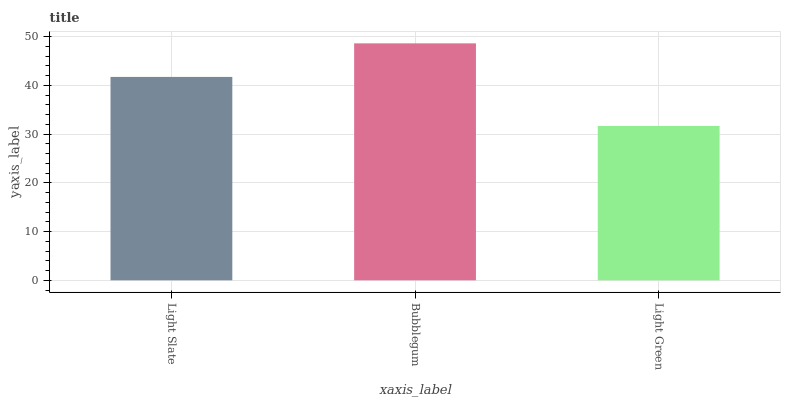
| xaxis_label | bars |
 | --- | --- |
 | Light Slate | 41.7 |
 | Bubblegum | 48.6 |
 | Light Green | 31.7 |